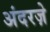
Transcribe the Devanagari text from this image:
अंदरज़े